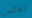
لباقي